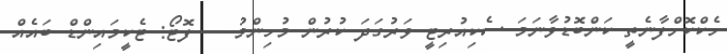
ހެކްކޮށްފާނެތީ ކަންބޮޑުވާނަމަ ސެކިއުރިޓީ ވަރުގަދަ ކުރުން މުހިންމު -- ފޮޓޯ: ޓެކީމައިންޑް ބައެއް